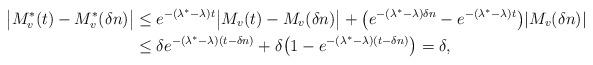
LaTeX: \begin{align*}\big|M^*_v(t)-M^*_v(\delta n)\big|&\le e^{-(\lambda^*-\lambda)t}\big|M_v(t)-M_v(\delta n)\big|+\big(e^{-(\lambda^*-\lambda)\delta n}-e^{-(\lambda^*-\lambda)t}\big)|M_v(\delta n)|\\&\le\delta e^{-(\lambda^*-\lambda)(t-\delta n)}+\delta\big(1-e^{-(\lambda^*-\lambda)(t-\delta n)}\big)=\delta,\end{align*}